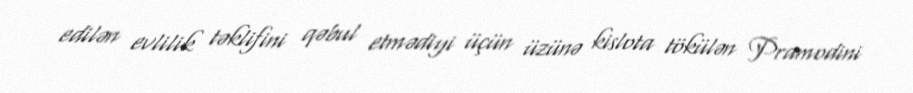
edilən evlilik təklifini qəbul etmədiyi üçün üzünə kislota tökülən Pramodini